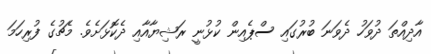
އާދިއްތަ ދުވަހު ދެވަނަ ބުރުގައި ސްޕެއިން ކުޅުނީ ރަޝިޔާއާއި ދެކޮޅަށެވެ. މެޗުގެ ފުރިހަމަ